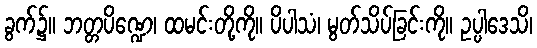
ခွက်၌။ ဘတ္တပိဏ္ဍေ၊ ထမင်းတို့ကို။ ပိပါသံ၊ မွတ်သိပ်ခြင်းကို။ ဥပ္ပါဒေသိ၊